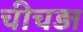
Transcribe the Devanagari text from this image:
चीचड़ा